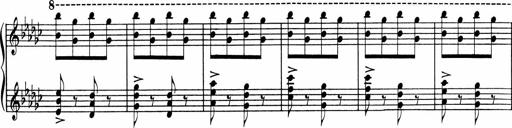
Title: Sonatine pour piano
Composer: Albert Roussel